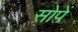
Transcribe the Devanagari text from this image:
सोपें